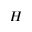
H